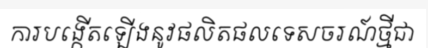
ការបង្កើតឡើងនូវផលិតផលទេសចរណ៍ថ្មីជា